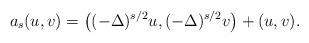
LaTeX: \begin{align*}a_s(u,v)=\big((-\Delta)^{s/2} u, (-\Delta)^{s/2} v\big)+(u, v).\end{align*}